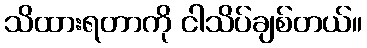
သိထားရတာကို ငါသိပ်ချစ်တယ်။